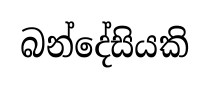
බන්දේසියකි